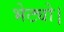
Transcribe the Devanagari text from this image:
भेट्यो।